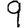
Digit: 9